Annual report of the Punjab Veterinary College and of the Civil Veterinary Department, Punjab - 1920-1925
Year: 1920
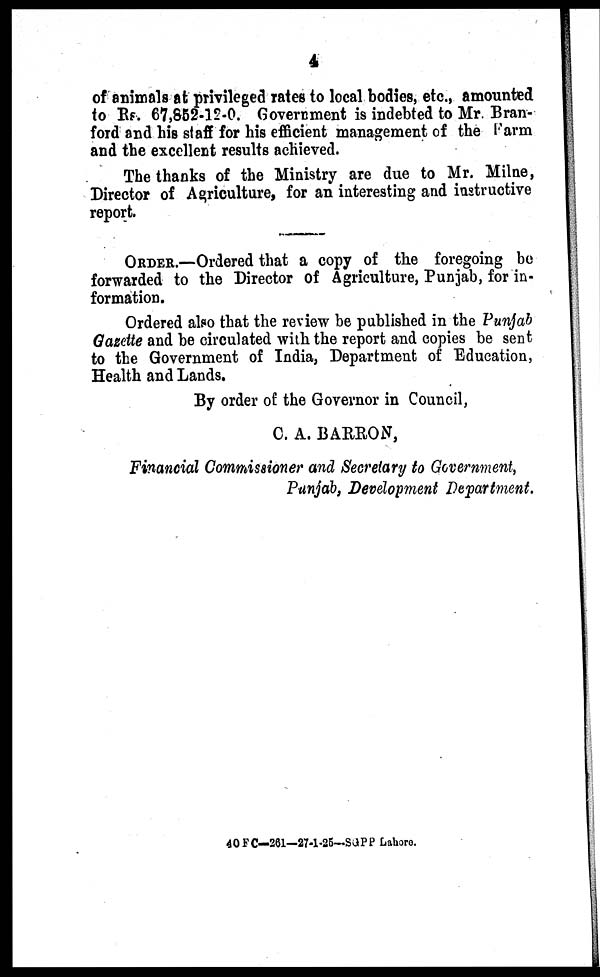
4
of animals at privileged rates to local bodies, etc., amounted
to Rs. 67,852-12-0. Government is indebted to Mr. Bran-
ford and his staff for his efficient management of the Farm
and the excellent results achieved.
The thanks of the Ministry are due to Mr. Milne,
Director of Agriculture, for an interesting and instructive
report.
ORDER.—Ordered that a copy of the foregoing be
forwarded to the Director of Agriculture, Punjab, for in-
formation.
Ordered also that the review be published in the Punjab
Gazette and be circulated with the report and copies be sent
to the Government of India, Department of Education,
Health and Lands.
By order of the Governor in Council,
C. A. BARRON,
Financial Commissioner and Secretary to Government,
Punjab, Development Department.
40 FC—261—27-1 -25—SGPP Lahore.